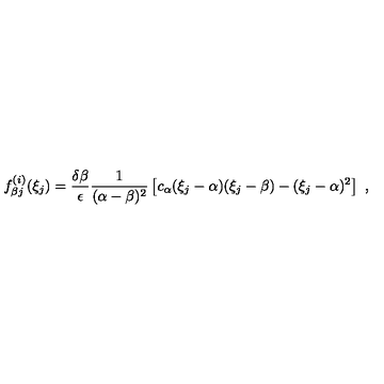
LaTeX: f _ { \beta j } ^ { ( i ) } ( \xi _ { j } ) = \frac { \delta \beta } { \epsilon } \frac { 1 } { ( \alpha - \beta ) ^ { 2 } } \left[ c _ { \alpha } ( \xi _ { j } - \alpha ) ( \xi _ { j } - \beta ) - ( \xi _ { j } - \alpha ) ^ { 2 } \right] \ ,